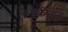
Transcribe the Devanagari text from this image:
कैफ़्फ़ीइन